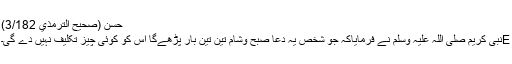
حسن (صحيح الترمذي 3/182)
Eنبی کریم صلی اللہ علیہ وسلم نے فرمایاکہ جو شخص یہ دعا صبح وشام تین تین بار پڑھےگا اس کو کوئی چیز تکلیف نہیں دے گی۔